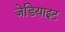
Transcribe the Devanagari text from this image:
जेडियाइट